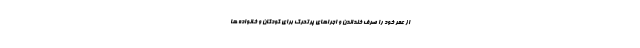
از عمر خود را صرف خنداندن و اجراهای پرتحرک برای کودکان و خانواده ها